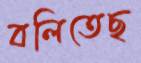
বলিতেছ